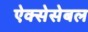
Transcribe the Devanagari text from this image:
ऐक्सेसेबल